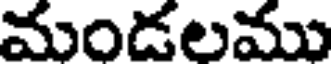
మండలము